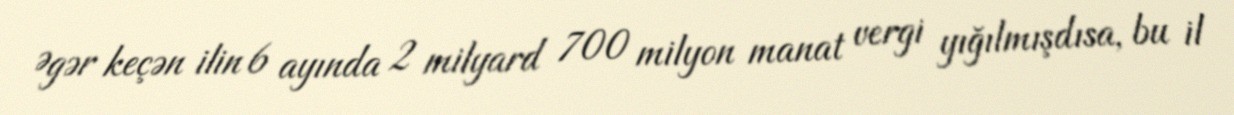
Əgər keçən ilin 6 ayında 2 milyard 700 milyon manat vergi yığılmışdısa, bu il